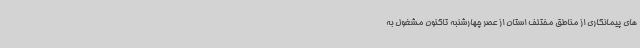
های پیمانکاری از مناطق مختلف استان از عصر چهارشنبه تاکنون مشغول به